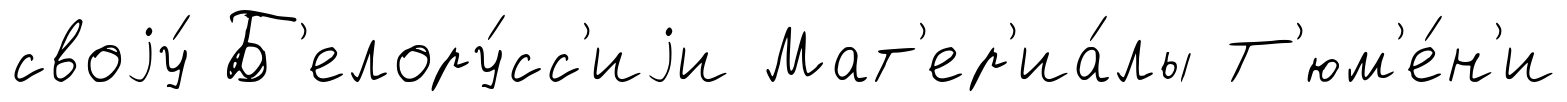
своjу́ Б'елору́сс'иjи Мат'ер'иа́лы Т'юм'е́н'и